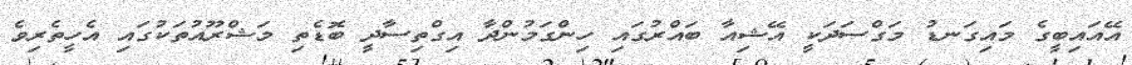
އޭއައިބީގެ މައިގަނޑު މަގްސަދަކީ އޭޝިއާ ބައްރުގައި ހިންގަމުންދާ އިގްތިސާދީ ބޮޑެތި މަޝްރޫއުތަކުގައި އެހީތެރިވެ